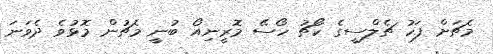
މެޗަށް ފަހު ޗެލްސީގެ ކޯޗު ހޯސޭ މޮރީނިއޯ ބުނީ މެޗުން މޮޅުވެ ދެވަނަ